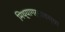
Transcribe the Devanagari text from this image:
मिथ्यागर्भावस्था